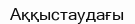
Аққыстаудағы